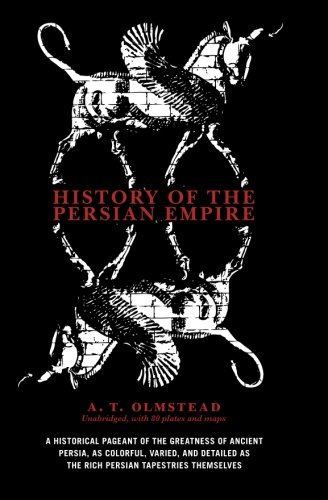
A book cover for History of the Persian Empire; A.T. Olmstead; History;